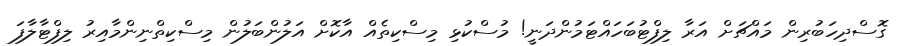
ގޮސްދިހަބުރިން މައްޗަށް އަރާ ލިފްޓުބަހައްޓަމުންދަނީ! މުސްކުޅި މިސްކިތެއް އާކޮށް އަލުންބަލުން މިސްކިތްނިންމާއިރު ލިފްޓާލާފަ